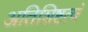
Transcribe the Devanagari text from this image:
अतिशिष्टत्वं